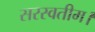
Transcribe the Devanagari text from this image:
सरस्वतीम।